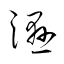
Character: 濕